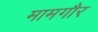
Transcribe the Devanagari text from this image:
मामगौर